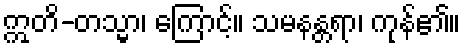
ဣတိ-တသ္မာ၊ ကြောင့်။ သမနန္တရာ၊ ကုန်၏။